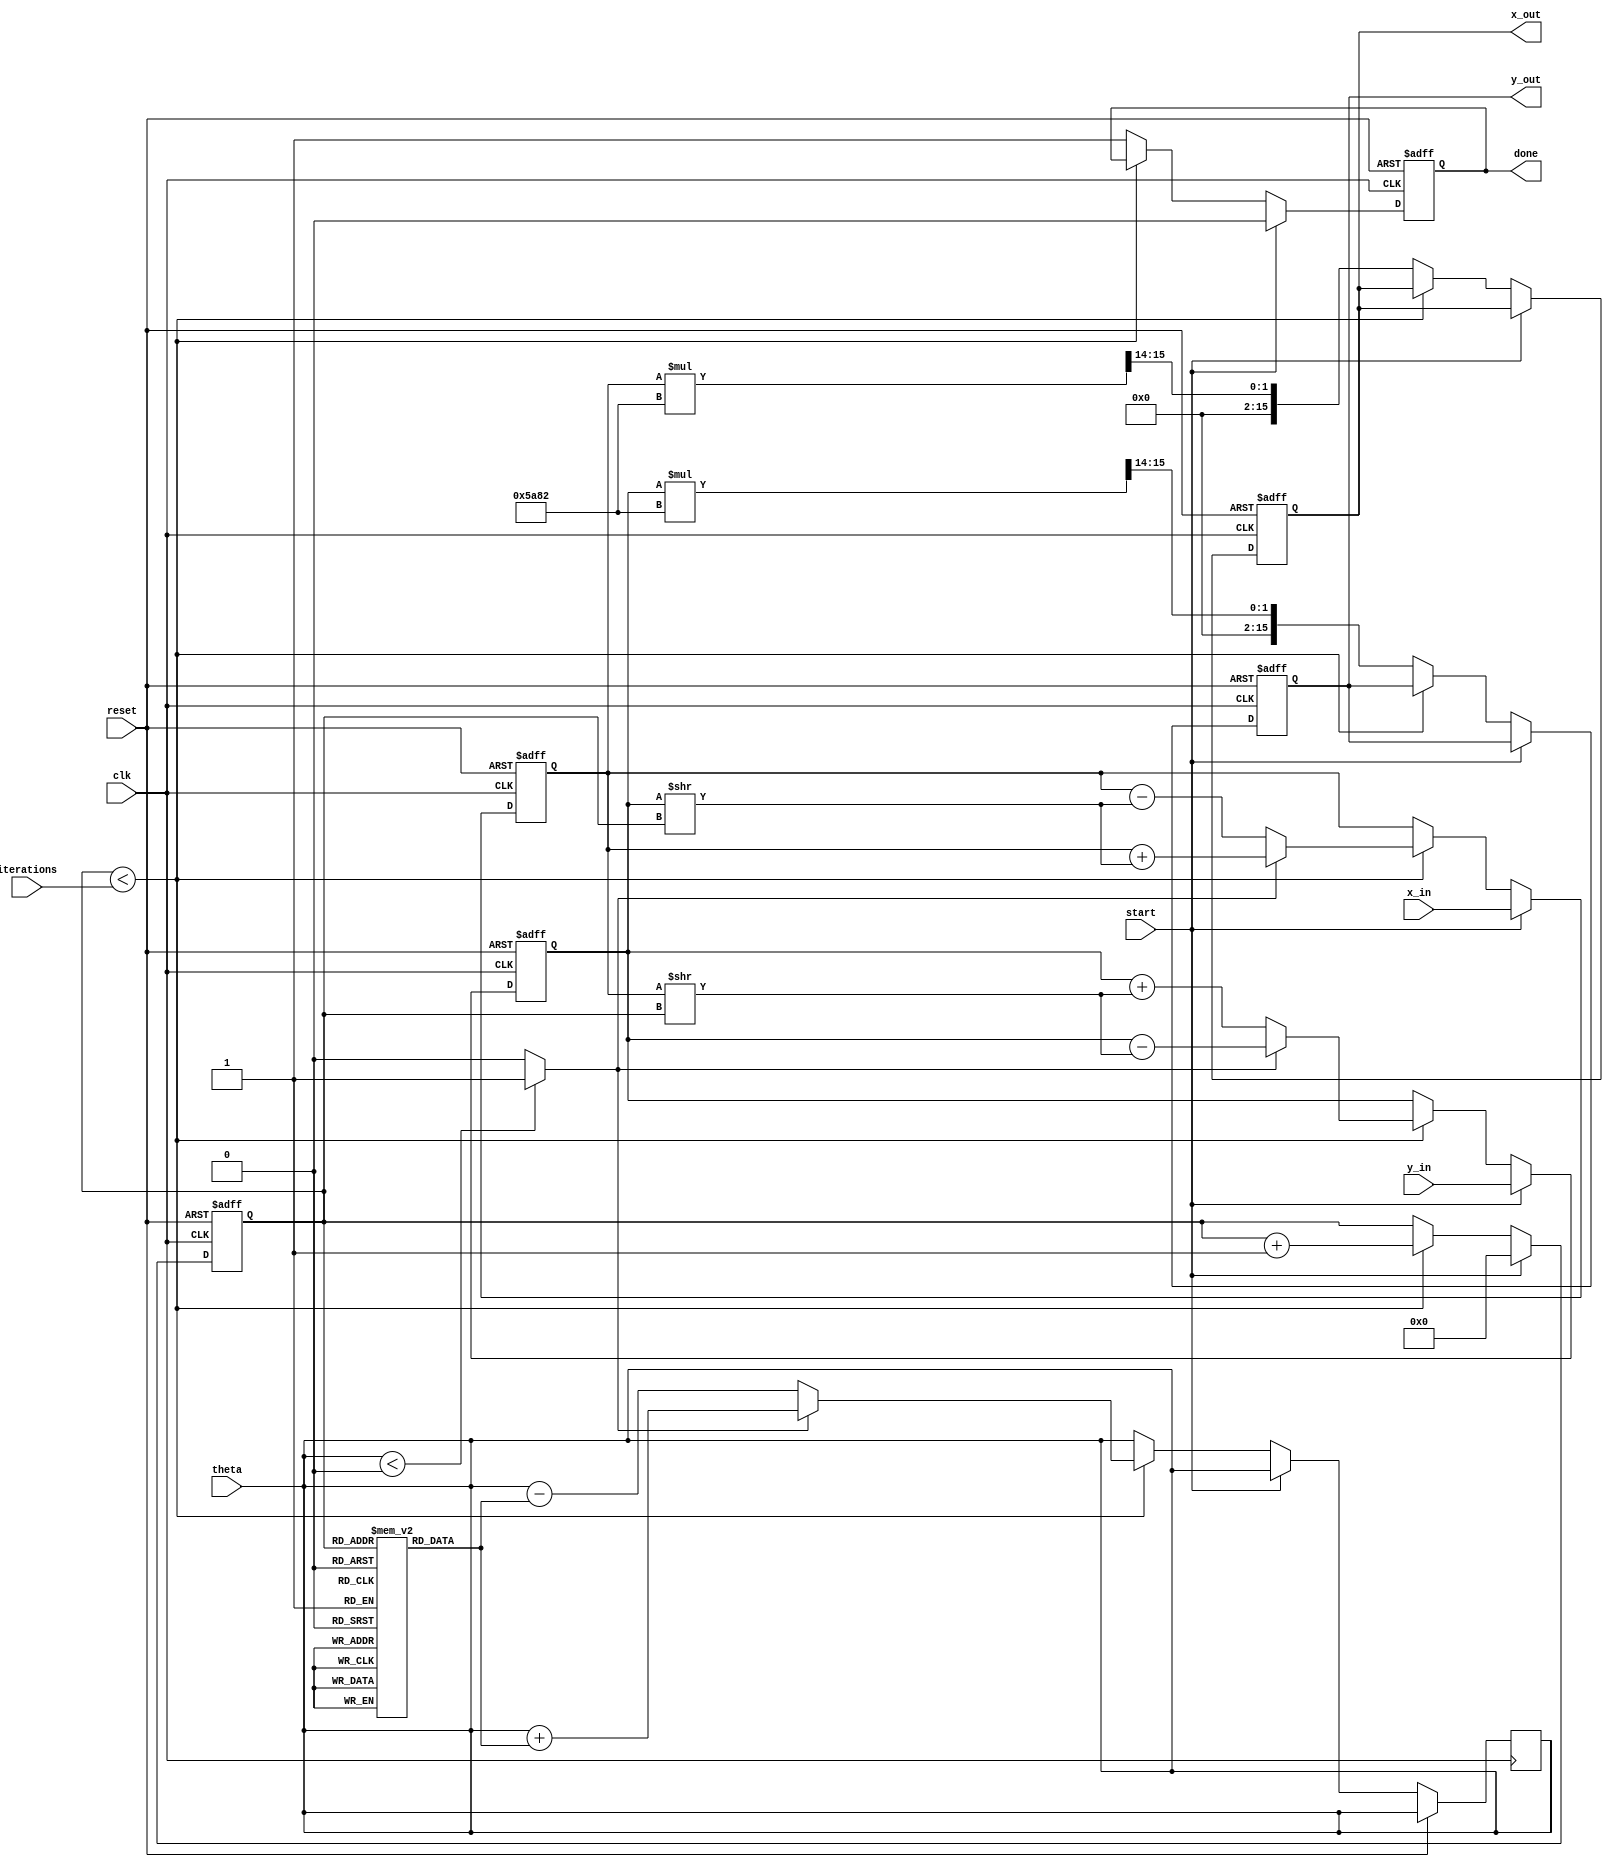
module cordic (
    input wire clk,                      // Clock signal
    input wire reset,                    // Reset signal
    input wire start,                    // Start signal
    input wire [15:0] theta,             // Input angle in fixed-point format
    input wire [15:0] x_in,              // Initial x vector
    input wire [15:0] y_in,              // Initial y vector
    input wire [3:0] iterations,         // Number of iterations for precision
    output reg [15:0] x_out,             // Output x value
    output reg [15:0] y_out,             // Output y value
    output reg done                      // Done signal
);

    // Pre-computed angle table (in fixed-point format)
    reg [15:0] angle_table [0:15]; // 16 angles for 4 iterations
    initial begin
        angle_table[0] = 16'h0000; // atan(2^0)
        angle_table[1] = 16'h3C90; // atan(2^-1)
        angle_table[2] = 16'h3E20; // atan(2^-2)
        angle_table[3] = 16'h3F00; // atan(2^-3)
        angle_table[4] = 16'h3F80; // atan(2^-4)
        angle_table[5] = 16'h3FC0; // atan(2^-5)
        angle_table[6] = 16'h3FE0; // atan(2^-6)
        angle_table[7] = 16'h3FF0; // atan(2^-7)
        angle_table[8] = 16'h3FF8; // atan(2^-8)
        angle_table[9] = 16'h3FFC; // atan(2^-9)
        angle_table[10] = 16'h3FFE; // atan(2^-10)
        angle_table[11] = 16'h3FFF; // atan(2^-11)
        angle_table[12] = 16'h3FFF; // atan(2^-12)
        angle_table[13] = 16'h3FFF; // atan(2^-13)
        angle_table[14] = 16'h3FFF; // atan(2^-14)
        angle_table[15] = 16'h3FFF; // atan(2^-15)
    end

    reg [15:0] x, y;                  // Internal x, y registers
    reg [3:0] iter;                   // Iteration counter
    reg [15:0] angle;                 // Current angle
    reg sign;                         // Sign of the angle
    reg [15:0] scaling_factor;        // Scaling factor

    // Scaling factor for CORDIC
    initial begin
        scaling_factor = 16'h5A82; // Approximate scaling factor (1/sqrt(2))
    end

    // Control logic
    always @(posedge clk or posedge reset) begin
        if (reset) begin
            x <= 0;
            y <= 0;
            iter <= 0;
            done <= 0;
            x_out <= 0;
            y_out <= 0;
        end else if (start) begin
            x <= x_in;
            y <= y_in;
            iter <= 0;
            done <= 0;
        end else if (iter < iterations) begin
            angle = angle_table[iter];
            sign = (theta < 0) ? 1 : 0;

            // Perform rotation using shift and add
            if (sign) begin
                // Subtract
                x <= x + (y >> iter);
                y <= y - (x >> iter);
                theta <= theta + angle;
            end else begin
                // Add
                x <= x - (y >> iter);
                y <= y + (x >> iter);
                theta <= theta - angle;
            end

            iter <= iter + 1;
        end else begin
            // Apply scaling factor
            x_out <= (x * scaling_factor) >> 14; // Adjust for fixed-point scaling
            y_out <= (y * scaling_factor) >> 14; // Adjust for fixed-point scaling
            done <= 1;
        end
    end
endmodule